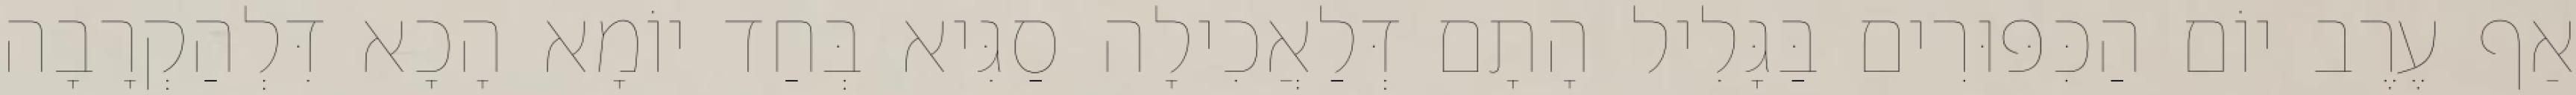
אַף עֶרֶב יוֹם הַכִּפּוּרִים בַּגָּלִיל הָתָם דְּלַאֲכִילָה סַגִּיא בְּחַד יוֹמָא הָכָא דִּלְהַקְרָבָה